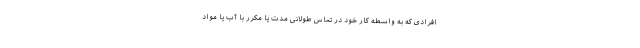
افرادی که به واسطه کار خود در تماس طولانی مدت یا مکرر با آب یا مواد